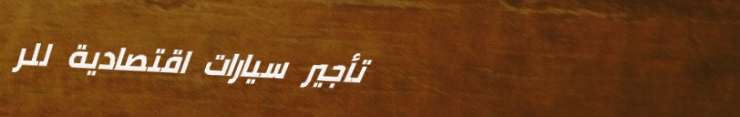
تأجير سيارات اقتصادية للر